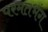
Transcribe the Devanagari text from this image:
परमतभंग